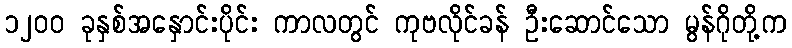
၁၂၀၀ ခုနှစ်အနှောင်းပိုင်း ကာလတွင် ကုဗလိုင်ခန် ဦးဆောင်သော မွန်ဂိုတို့က